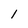
Character: l